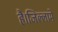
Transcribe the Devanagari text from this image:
है।जिल्लामे